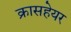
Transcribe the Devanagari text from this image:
क्रासहेयर